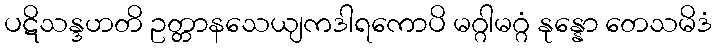
ပဋိသန္ဒဟတိ ဥတ္တာနသေယျကဒါရကောပိ မဂ္ဂါမဂ္ဂံ နုန္နော တေသမိဒံ